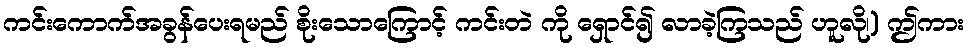
ကင်းကောက်အခွန်ပေးရမည် စိုးသောကြောင့် ကင်းတဲ ကို ရှောင်၍ လာခဲ့ကြသည် ဟူလို၊) ဤကား